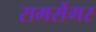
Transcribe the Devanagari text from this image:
रामसेंगर